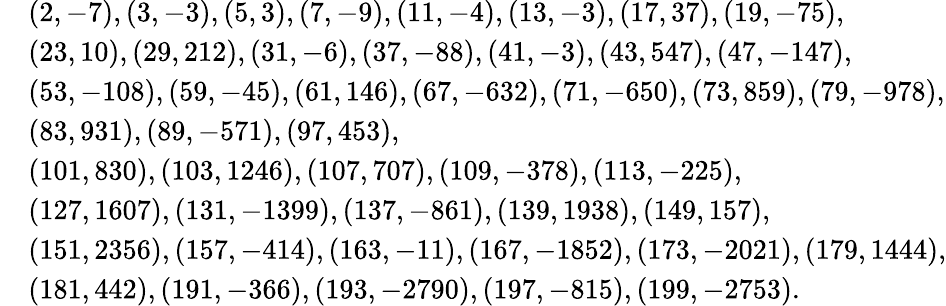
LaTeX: \begin{array}{rl}&{(2,-7),(3,-3),(5,3),(7,-9),(11,-4),(13,-3),(17,37),(19,-75),}\\ &{(23,10),(29,212),(31,-6),(37,-88),(41,-3),(43,547),(47,-147),}\\ &{(53,-108),(59,-45),(61,146),(67,-632),(71,-650),(73,859),(79,-978),}\\ &{(83,931),(89,-571),(97,453),}\\ &{(101,830),(103,1246),(107,707),(109,-378),(113,-225),}\\ &{(127,1607),(131,-1399),(137,-861),(139,1938),(149,157),}\\ &{(151,2356),(157,-414),(163,-11),(167,-1852),(173,-2021),(179,1444),}\\ &{(181,442),(191,-366),(193,-2790),(197,-815),(199,-2753).}\end{array}